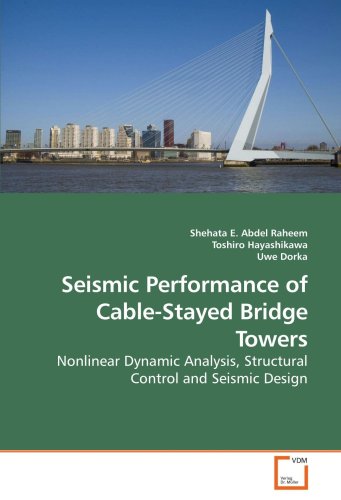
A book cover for Seismic Performance of Cable-Stayed Bridge Towers: Nonlinear Dynamic Analysis, Structural Control and    Seismic Design; Shehata E. Abdel Raheem; Engineering & Transportation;